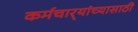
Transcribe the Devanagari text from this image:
कर्मचार्‍यांच्यासाठी